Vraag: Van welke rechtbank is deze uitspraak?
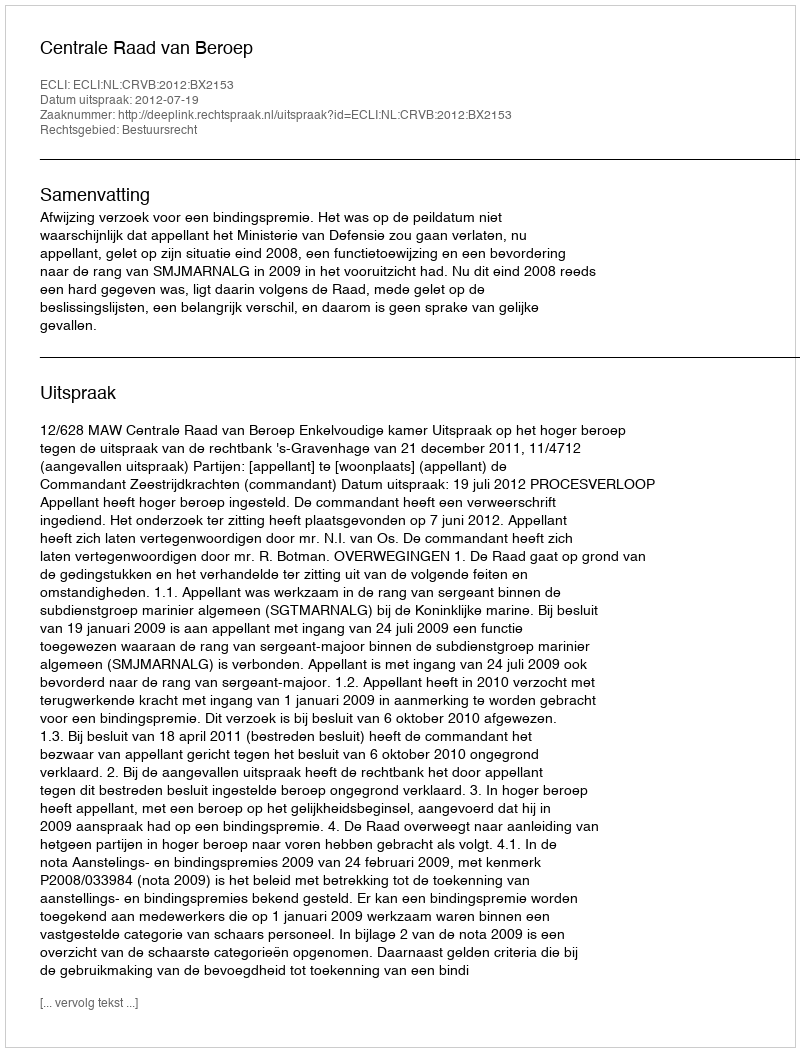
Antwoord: Centrale Raad van Beroep